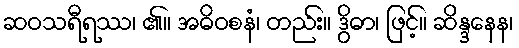
ဆဝသရီရဿ၊ ၏။ အဓိဝစနံ၊ တည်း။ ဒွိဓာ၊ ဖြင့်။ ဆိန္ဒနေန၊